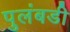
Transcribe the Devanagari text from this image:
पुलंबडी